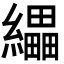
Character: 𦇄